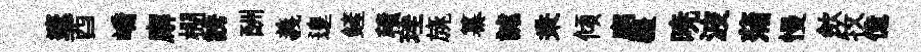
邃酉嶠廨棚誘酬義遑鏟積珪旐纂謔秉傾廟疆暁波蒲慢歛牧億